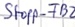
Text: Stopp_FB2